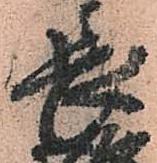
長